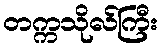
တက္ကသိုလ်ကြီး